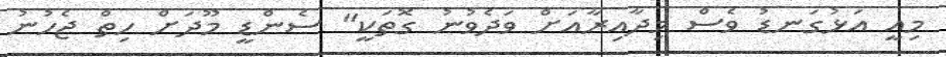
މިއީ އަޅުގަނޑު ވެސް މިދާއިރާއަށް ވަދެވުނު ގޮތަކީ" ސެންޑީ މޫދަށް ހިތް ޖެހުނު